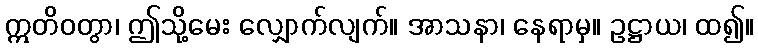
ဣတိဝတွာ၊ ဤသို့မေး လျှောက်လျက်။ အာသနာ၊ နေရာမှ။ ဥဋ္ဌာယ၊ ထ၍။